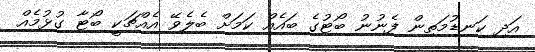
އަދި ކަނޑުމަތިން ފެނުނު ބޯޓުގެ ބައެއް ކަމަށް ބެލެވޭ އެއްޗަކީ ބޯޓާ ގުޅުމެއް